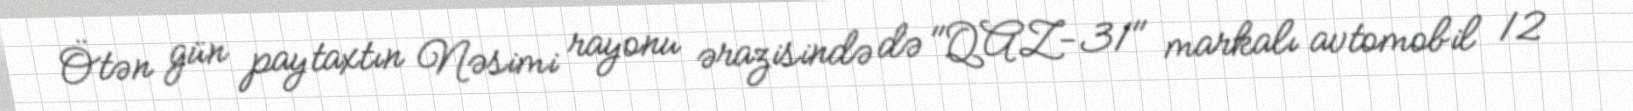
Ötən gün paytaxtın Nəsimi rayonu ərazisində də "QAZ-31" markalı avtomobil 12